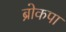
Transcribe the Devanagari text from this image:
ब्रोकपा